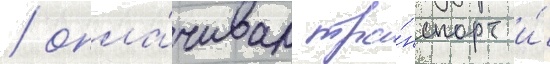
/ опла́чивал тра́нспорт и́